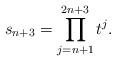
LaTeX: \begin{align*} s_{n+3}=\prod_{j=n+1}^{2n+3}t^j.\end{align*}